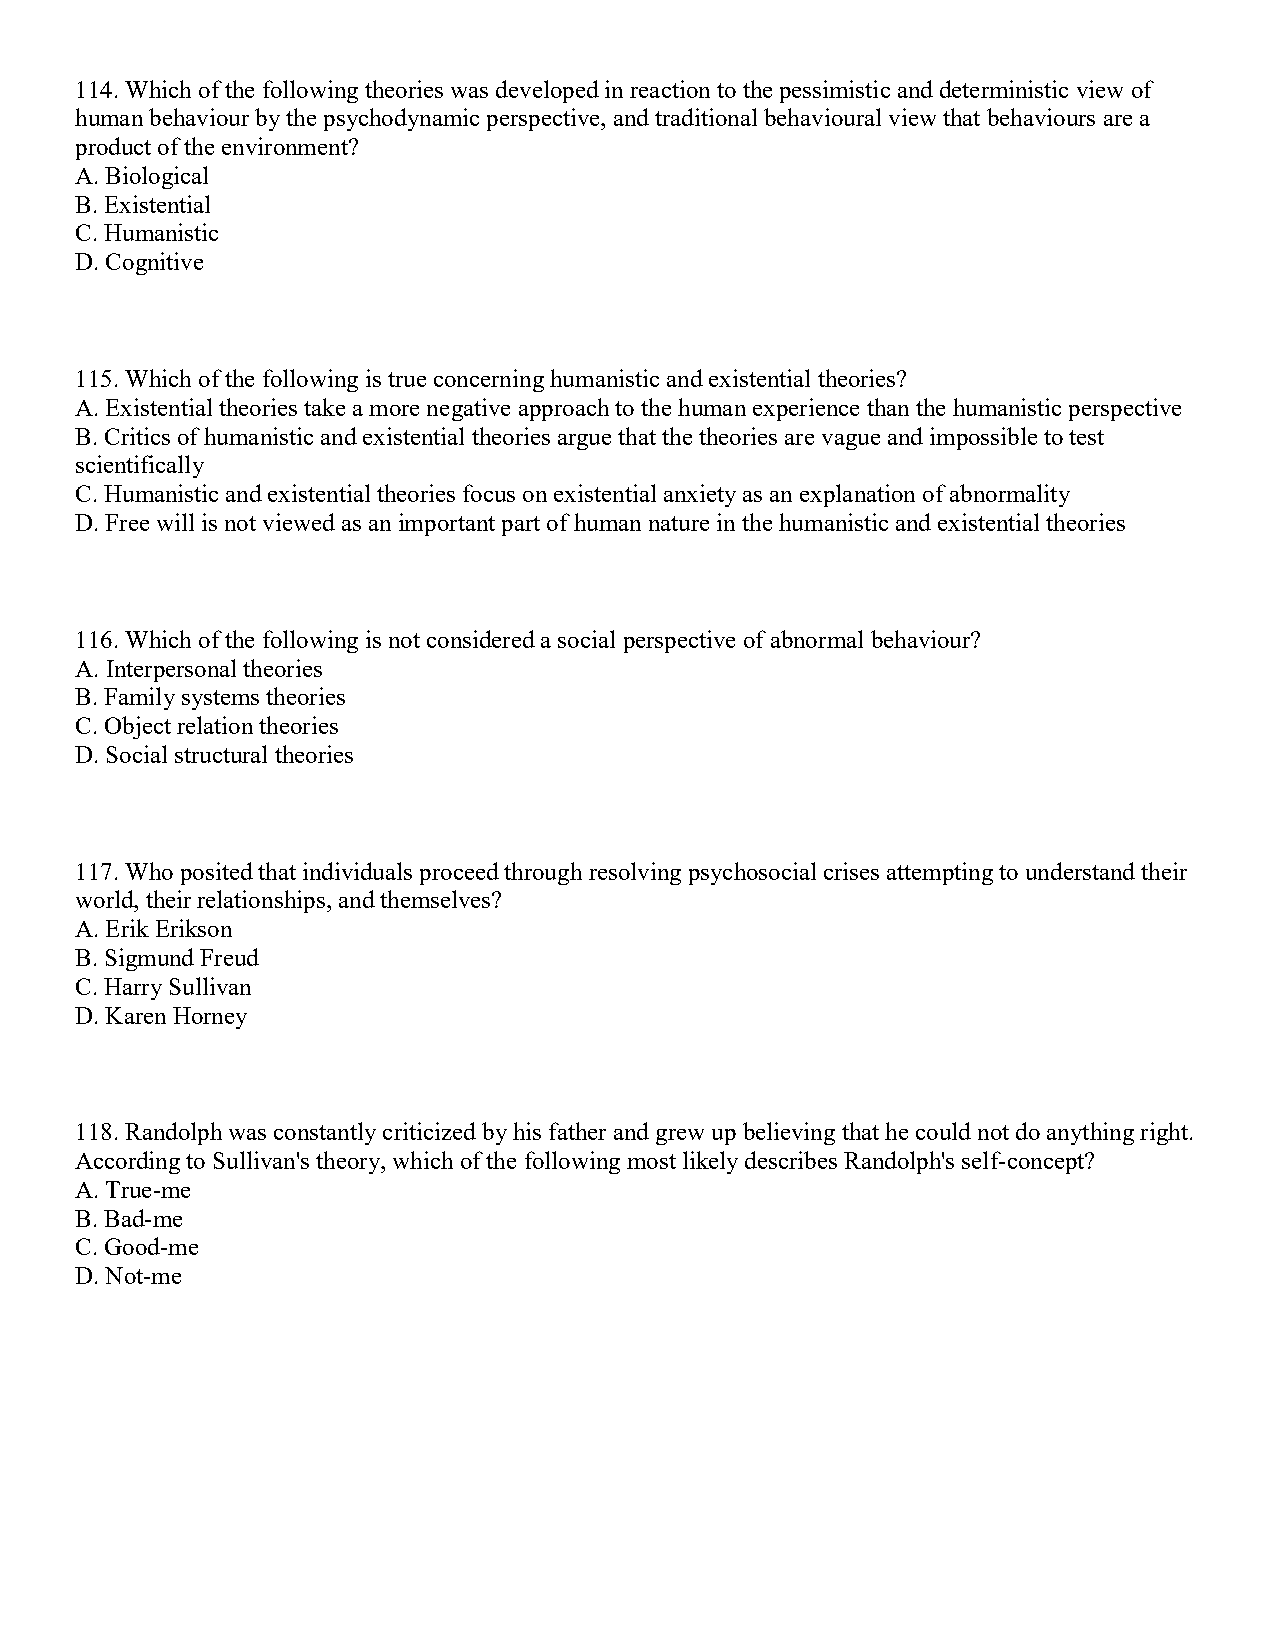
114. Which of the following theories was developed in reaction to the pessimistic and deterministic view of
 human behaviour by the psychodynamic perspective, and traditional behavioural view that behaviours are a
 product of the environment?
 A. Biological
 B. Existential
 C. Humanistic
 D. Cognitive
 115. Which of the following is true concerning humanistic and existential theories?
 A. Existential theories take a more negative approach to the human experience than the humanistic perspective
 B. Critics of humanistic and existential theories argue that the theories are vague and impossible to test
 scientifically
 C. Humanistic and existential theories focus on existential anxiety as an explanation of abnormality
 D. Free will is not viewed as an important part of human nature in the humanistic and existential theories
 116. Which of the following is not considered a social perspective of abnormal behaviour?
 A. Interpersonal theories
 B. Family systems theories
 C. Object relation theories
 D. Social structural theories
 117. Who posited that individuals proceed through resolving psychosocial crises attempting to understand their
 world, their relationships, and themselves?
 A. Erik Erikson
 B. Sigmund Freud
 C. Harry Sullivan
 D. Karen Horney
 118. Randolph was constantly criticized by his father and grew up believing that he could not do anything right.
 According to Sullivan's theory, which of the following most likely describes Randolph's self-concept?
 A. True-me
 B. Bad-me
 C. Good-me
 D. Not-me